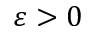
\varepsilon > 0